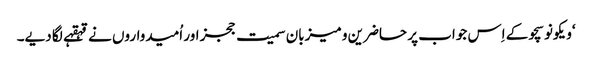
‘ویکونوسچو کے اِس جواب پر حاضرین و میزبان سمیت ججز اور اُمیدواروں نے قہقہے لگا دیے۔